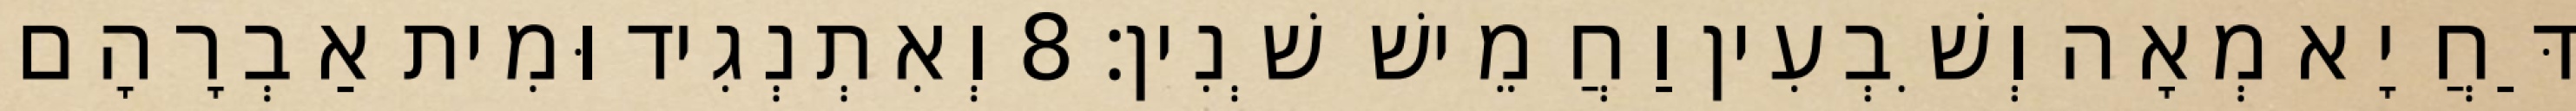
דַּחֲיָא מְאָה וְשִׁבְעִין וַחֲמֵישׁ שְׁנִין׃ 8 וְאִתְנְגִיד וּמִית אַבְרָהָם